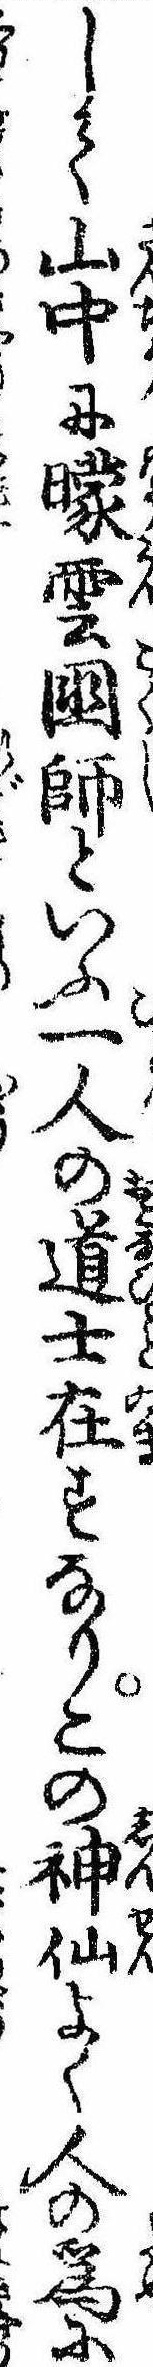
して山中に曚雲国師といふ一人の道士在すなりこの神仙よく人の為に